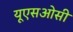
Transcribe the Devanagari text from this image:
यूएसओसी